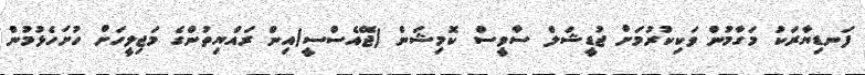
ފަނޑިޔާރަކު މަގާމުން ވަކިކުރުމަށް ޖުޑީޝަލް ސާވީސް ކޮމިޝަން (ޖޭއެސްސީ)އިން ރައްޔިތުންގެ މަޖިލީހަށް ހުށަހެޅުމުން